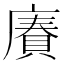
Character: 𢊷